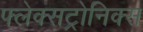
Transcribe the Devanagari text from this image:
फ्लेक्सट्रोनिक्स